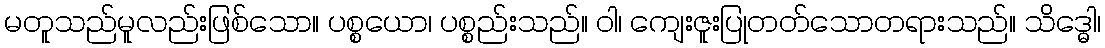
မတူသည်မူလည်းဖြစ်သော။ ပစ္စယော၊ ပစ္စည်းသည်။ ဝါ၊ ကျေးဇူးပြုတတ်သောတရားသည်။ သိဒ္ဓေါ၊